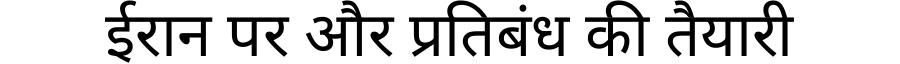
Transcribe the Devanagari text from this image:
ईरान पर और प्रतिबंध की तैयारी